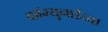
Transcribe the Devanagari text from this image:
कॉम्युनार्डच्या